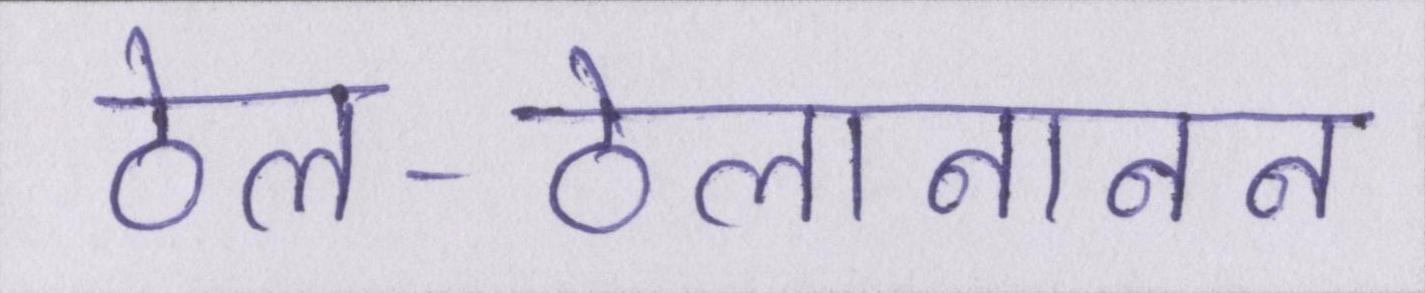
ठेल-ठेलानानन